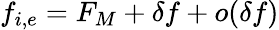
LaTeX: f_{i,e}=F_{M}+\delta f+o(\delta f)